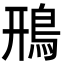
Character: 鳽